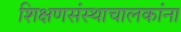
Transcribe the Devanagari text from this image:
शिक्षणसंस्थाचालकांना